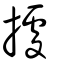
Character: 據